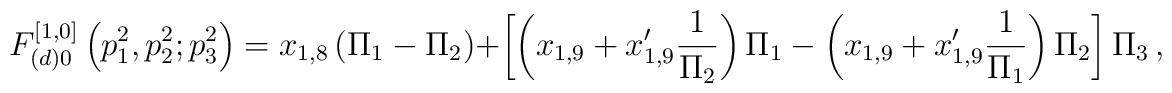
F^{[1,0]}_{(d)0} \left(p^{2}_{1}, p^{2}_{2}; p^{2}_{3} \right) =x_{1,8} \left( \Pi_{1} - \Pi_{2} \right) + \left[ \left( x_{1,9}+ x'_{1,9} \frac{1}{\Pi_{2}} \right) \Pi_{1} - \left(x_{1,9} +x'_{1,9}\frac{1}{\Pi_{1}} \right) \Pi_{2} \right] \Pi_{3} \, ,